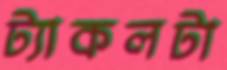
ট্যাকলটা